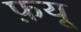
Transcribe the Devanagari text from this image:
फ़यू